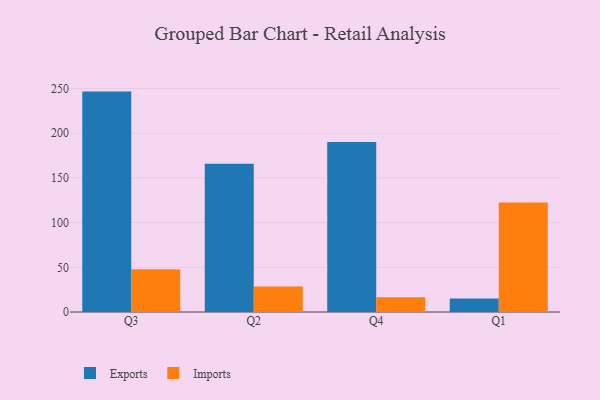
{"axis": {"x": "Quarter", "y": "Energy Usage (MWh)"}, "legend": ["Exports", "Imports"], "data": [{"x": "Q3", "y": 246.6, "type": "Exports"}, {"x": "Q3", "y": 47.7, "type": "Imports"}, {"x": "Q2", "y": 165.8, "type": "Exports"}, {"x": "Q2", "y": 28.5, "type": "Imports"}, {"x": "Q4", "y": 190.2, "type": "Exports"}, {"x": "Q4", "y": 16.5, "type": "Imports"}, {"x": "Q1", "y": 15.1, "type": "Exports"}, {"x": "Q1", "y": 122.5, "type": "Imports"}]}